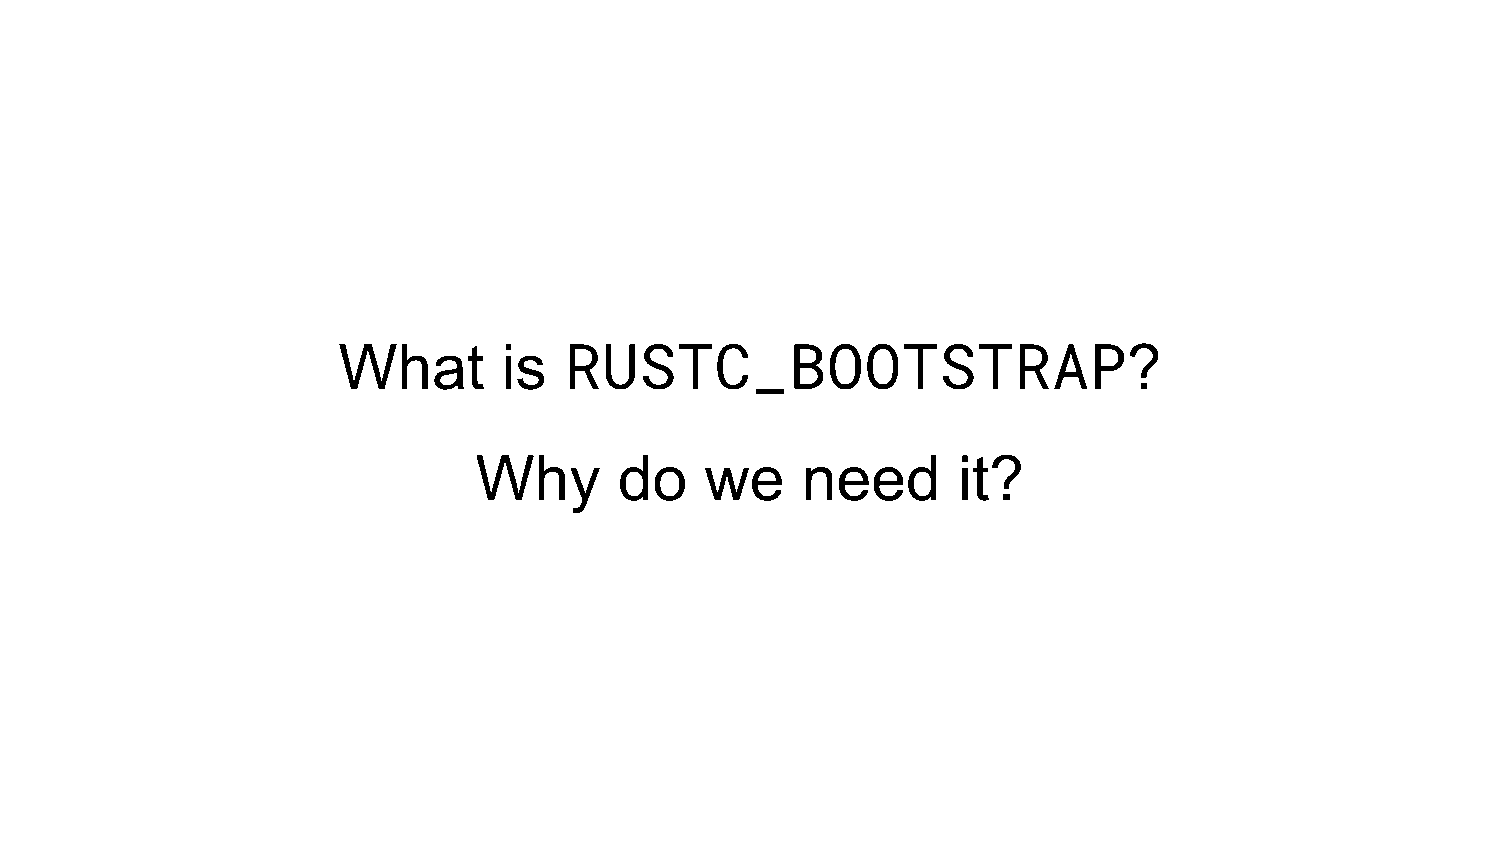
What       is  RUSTC_BOOTSTRAP?
 Why       do    we    need      it?